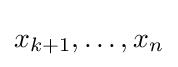
x_{k+1},\dots ,x_{n}